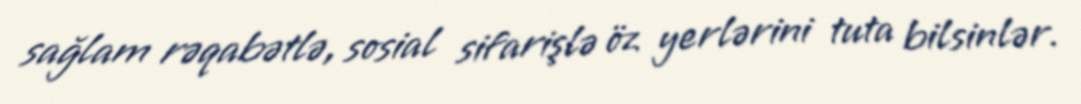
sağlam rəqabətlə, sosial sifarişlə öz yerlərini tuta bilsinlər.